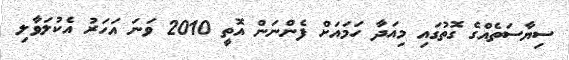
ސިޔާސަތެއްގެ ގޮތުގައި މިއަދާ ހަމައަށް ފެންނަން އޮތީ 2010 ވަނަ އަހަރު އެކުލަވާލި